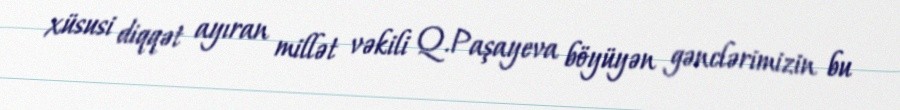
xüsusi diqqət ayıran millət vəkili Q.Paşayeva böyüyən gənclərimizin bu